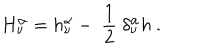
H _ { \nu } ^ { \alpha } = h _ { \nu } ^ { \alpha } - \ \frac { 1 } { 2 } \ \delta _ { \nu } ^ { \alpha } h \ .